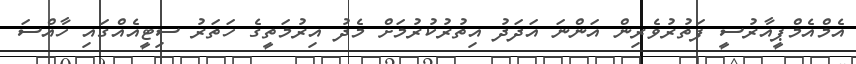
އެމްއެމްޕީއާރުސީ ފަތުރުވެރިން އަންނަ އަދަދު އިތުރުކުރުމަށް މެދު އިރުމަތީގެ ހަތަރު ސިޓީއެއްގައި ހާއްސަ